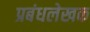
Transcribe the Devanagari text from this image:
प्रबंधलेखक